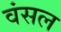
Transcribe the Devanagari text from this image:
वंसल